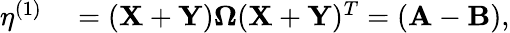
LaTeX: \begin{array}{rl}{\mathbf{\eta}^{(1)}}&{{}=(\mathbf{X}+\mathbf{Y})\mathbf{\Omega}(\mathbf{X}+\mathbf{Y})^{T}=(\mathbf{A}-\mathbf{B}),}\end{array}